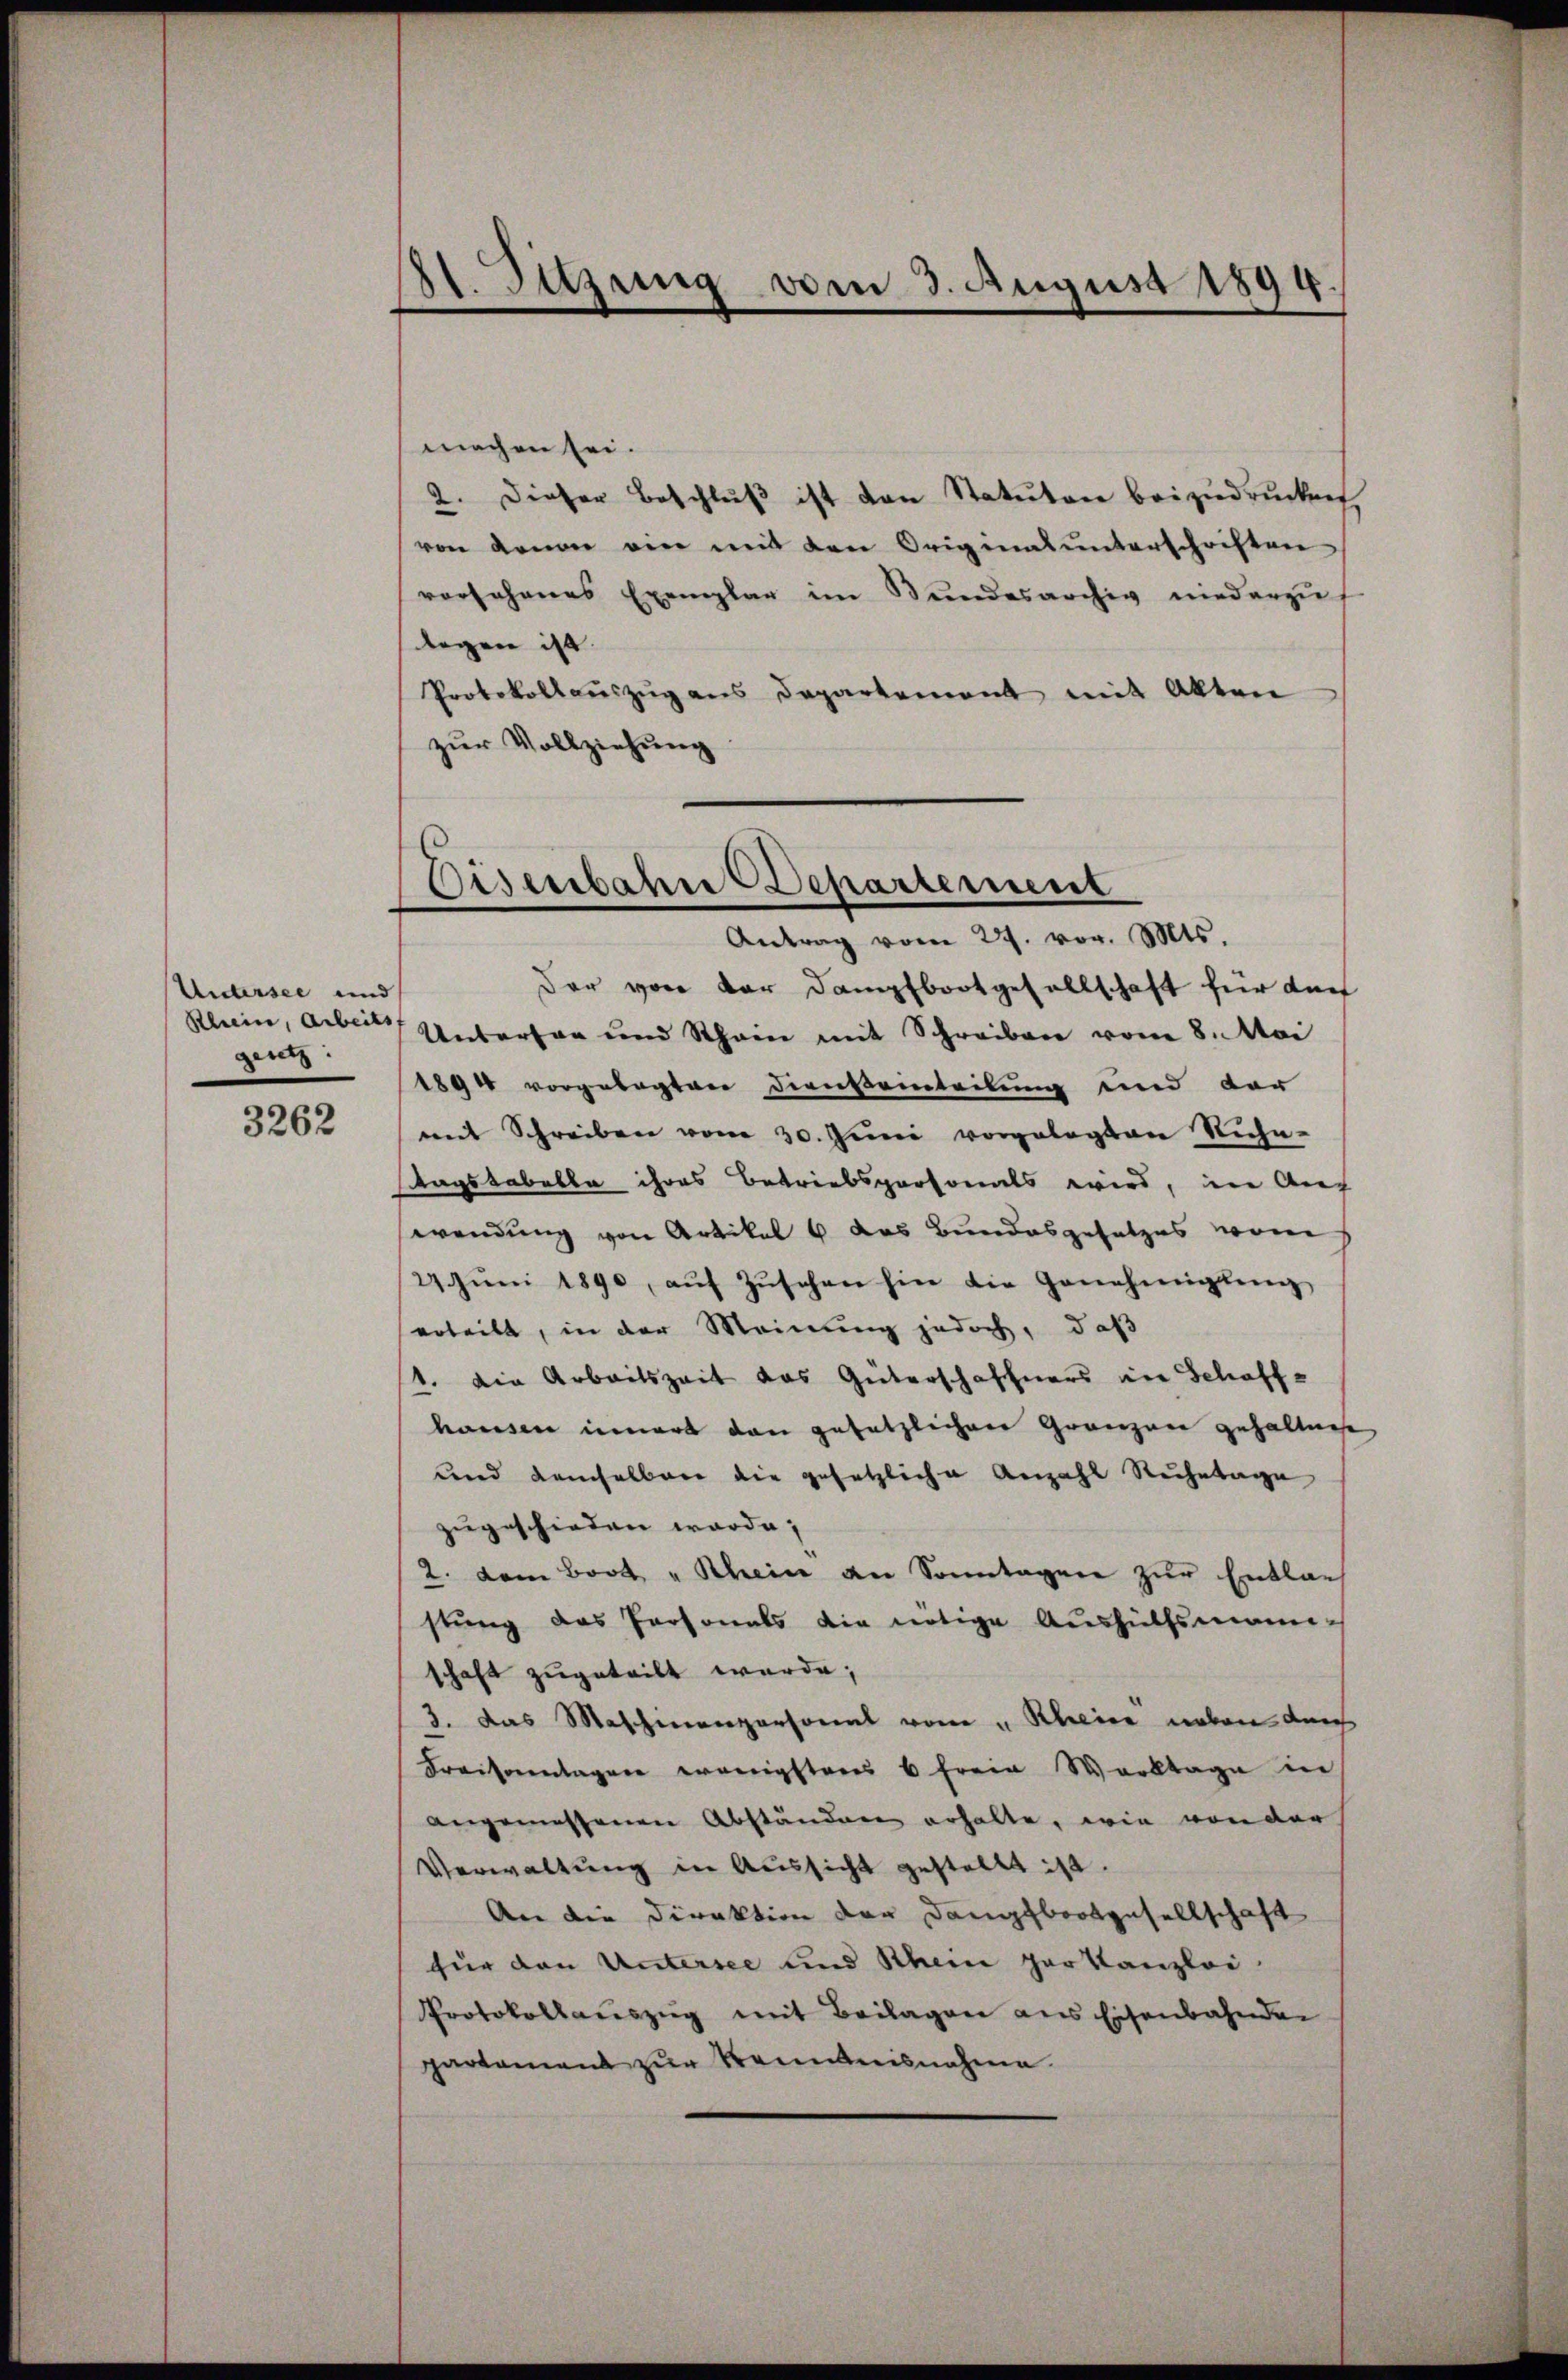
Untersee und
gerat.

3262

21. Sitzung vom 3. August 1894
“

machen sei.
2. Dieser Beschluß ist den Statuten beizudrücken,
von denen ein mit den Originalunterschriften
vorsehenes Exemplar im Stundesarchiv niederzuf
legen ist.
Protokollaŭszŭg ans Departement mit Akten
zur Vollziehung

Disenbahne Departement
Antrag vom 24. vor. Mts.

Der von der Dampfbootgesellschaft für dach
Klein, aber Untertan und Rhein mit Schreiben vom 8. Mai
1890 vorgelegten Diensteinteilung und der
mit Schreiben vom 30. Juni vorgelegten Nich
tagstabelle ihres Betriebspersonals wird, in Aus
wendung von Artikel 6 das Bundesgesetzes von
27. Jŭni 1890, aŭf Zŭsehen hin die Genehmigling
erteilt, in der Meinung jedoch, daß
1. Die Arbeitszeit das Güterschaffners in Schaffhausen innert dann gesetzlichen Gränzen gehaltne
und demselben die gesetzliche Anzahl Reihetage
zugeschieden worde;
2. dem Boot "Rhein an Sonntagen zur Entlach
stung des Personals die nötige Aushülfsmann-
schaft zugeteilt werde;
3. das Maschinenzersonal vom 4. Kleier neben durch
Fraisonntagen wenigstens 6 freie Worktage in
angemessenen Abständen erhalte, wie von der
Verwaltung in Aussicht gestellt ist.
An die Direktion der Dampfbootgesellschaft
für den Untersee und Schein par Kanzlei
Protokollauszug mit Beilagen aus Eisenbahnden
partament zur Kenntnisnahme